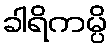
ခါရိကမ္ပိ